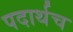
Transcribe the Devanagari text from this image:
पदार्थच